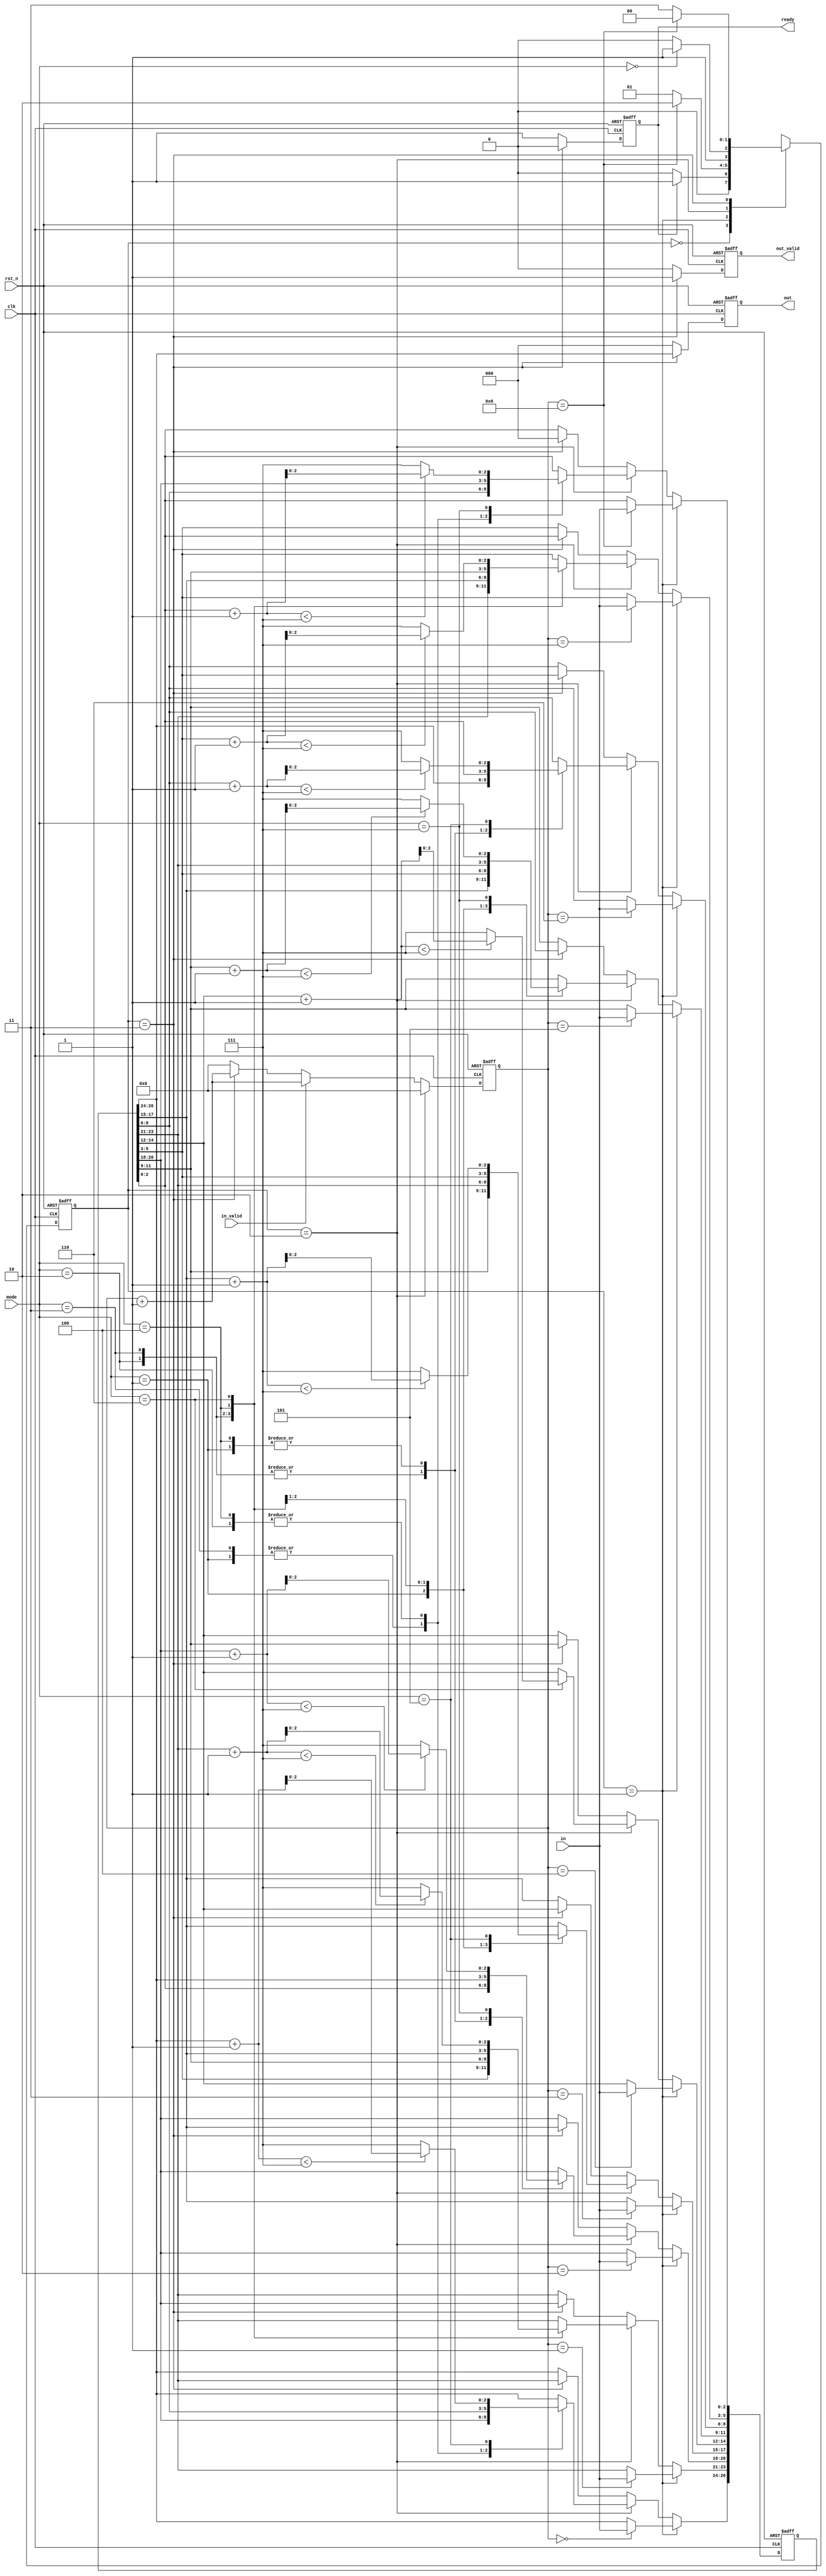
module IMPOR(
	output reg  [2:0] out,
	output reg  out_valid,
	output reg  ready,
	input  [2:0] in,
	input  [2:0] mode,
	input  in_valid,
	input  clk,
	input  rst_n
);

parameter IsReady=0, get_in=1, get_mode=2, show_out=3;
reg [1:0] current_state, next_state;
reg [3:0] count;
reg [26:0] block;


//****************** current_state *******************
always@(posedge clk or negedge rst_n)
begin
	if(!rst_n) current_state <= IsReady;
	else current_state <= next_state;
end

always@(*)
begin
	case(current_state)
		IsReady	: if (ready) next_state = get_in;
			  else next_state = IsReady;
		get_in	: if (count==8) next_state = get_mode;
			  else next_state = get_in;
		get_mode: if (!mode) next_state = show_out;
			  else next_state = get_mode;
		show_out: if (count==8) next_state = IsReady;
			  else next_state = show_out;
	endcase
end

//******************** counter **********************
always@(posedge clk or negedge rst_n)
begin
	if (!rst_n) count <= 0;
	else if (current_state==get_mode) count <= 0;
	else if (in_valid) count <= count +1;
	else if (current_state==show_out) count <= count + 1;
	else count <= 0;
end

//****************** out *************************
always@(posedge clk or negedge rst_n)
begin
	if (!rst_n) out <= 0;
	else if (current_state==show_out) out <= block[26:24];
	else out <= 0;
end

//********************** out_valid ******************
always@(posedge clk or negedge rst_n)
begin
	if (!rst_n) out_valid <= 0;
	else if (current_state==show_out) out_valid <= 1;
	else out_valid <= 0;
end

//****************** ready **********************
always@(posedge clk or negedge rst_n)
begin
	if (!rst_n) ready <= 1;
	else if (current_state==show_out) ready <= 0;
	else ready <= 1;
end

//******************* block ************************
always@(posedge clk or negedge rst_n)
begin
	if (!rst_n) block <= 0;
	else if (current_state==get_in)
	begin
		case(count)
			0: block[26:24] <= in;	//b1
			1: block[23:21] <= in;	//b2
			2: block[20:18] <= in;	//b3
			3: block[17:15] <= in;	//b4
			4: block[14:12] <= in;	//b5
			5: block[11:9] <= in;	//b6
			6: block[8:6] <= in;	//b7
			7: block[5:3] <= in;	//b8
			8: block[2:0] <= in;	//b9
		endcase
	end
	else if (current_state==get_mode)
	begin
		case(mode)
			1: begin
				block[26:24] <= block[20:18];
				block[17:15] <= block[11:9];
				block[8:6] <= block[2:0];
				block[20:18] <= block[26:24];
				block[11:9] <= block[17:15];
				block[2:0] <= block[8:6];
			   end
			2: begin
				block[26:24] <= block[8:6];
				block[23:21] <= block[5:3];
				block[20:18] <= block[2:0];
				block[8:6] <= block[26:24];
				block[5:3] <= block[23:21];
				block[2:0] <= block[20:18];
			   end
			3: begin
				block[26:24] <= block[20:18];
				block[23:21] <= block[11:9];
				block[20:18] <= block[2:0];
				block[11:9] <= block[5:3];
				block[2:0] <= block[8:6];
				block[5:3] <= block[17:15];
				block[8:6] <= block[26:24];
				block[17:15] <= block[23:21];
			   end
			4: begin
				block[26:24] <= block[8:6];
				block[23:21] <= block[17:15];
				block[20:18] <= block[26:24];
				block[11:9] <= block[23:21];
				block[2:0] <= block[20:18];
				block[5:3] <= block[11:9];
				block[8:6] <= block[2:0];
				block[17:15] <= block[5:3];
			   end
			5: begin
				if (block[26:24]+1<7) block[26:24] <= block[26:24] + 1;
				else block[26:24] <= 7;
				if (block[17:15]+1<7) block[17:15] <= block[17:15] + 1;
				else block[17:15] <= 7;
				if (block[8:6]+1<7) block[8:6] <= block[8:6] + 1;
				else block[8:6] <= 7;
			   end
			6: begin
				if (block[23:21]+1<7) block[23:21] <= block[23:21] + 1;
				else block[23:21] <= 7;
				if (block[14:12]+1<7) block[14:12] <= block[14:12] + 1;
				else block[14:12] <= 7;
				if (block[5:3]+1<7) block[5:3] <= block[5:3] + 1;
				else block[5:3] <= 7;
			   end
			7: begin
				if (block[20:18]+1<7) block[20:18] <= block[20:18] + 1;
				else block[20:18] <= 7;
				if (block[11:9]+1<7) block[11:9] <= block[11:9] + 1;
				else block[11:9] <= 7;
				if (block[2:0]+1<7) block[2:0] <= block[2:0] + 1;
				else block[2:0] <= 7;
			   end
		endcase
	end
	else if (current_state==show_out) block <= block << 3;
	else block <= block;
end

endmodule